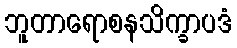
ဘူတာရောစနသိက္ခာပဒံ